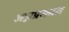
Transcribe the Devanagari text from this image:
अन्नप्रसनम